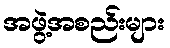
အဖွဲ့အစည်းများ